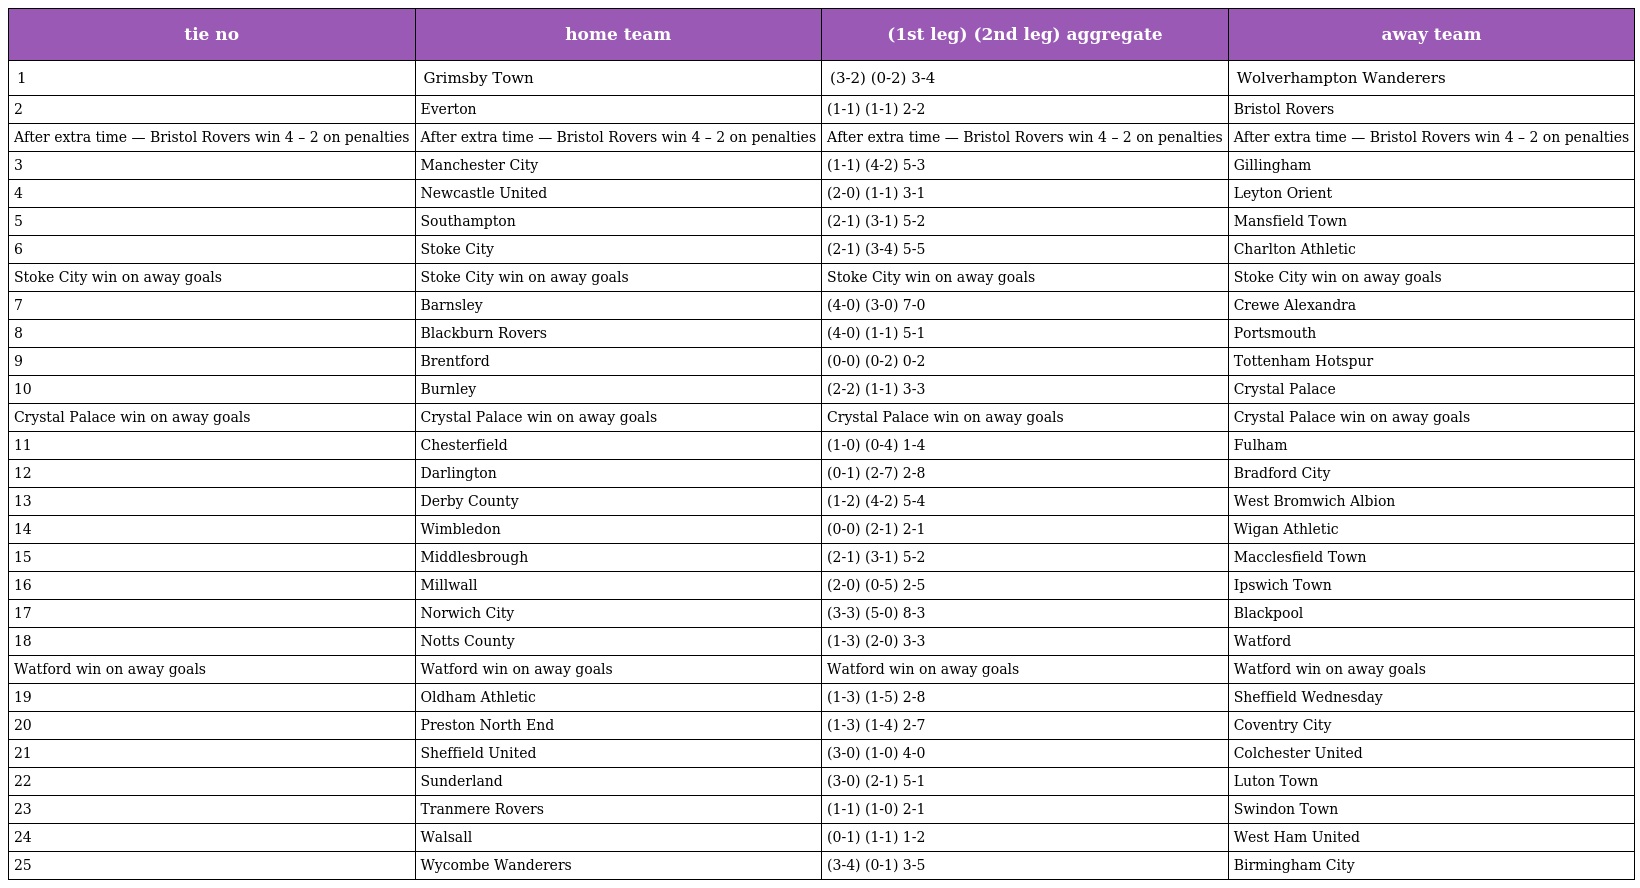
| tie no | home team | (1st leg) (2nd leg) aggregate | away team |
 | --- | --- | --- | --- |
 | 1 | Grimsby Town | (3-2) (0-2) 3-4 | Wolverhampton Wanderers |
 | 2 | Everton | (1-1) (1-1) 2-2 | Bristol Rovers |
 | After extra time — Bristol Rovers win 4 – 2 on penalties | After extra time — Bristol Rovers win 4 – 2 on penalties | After extra time — Bristol Rovers win 4 – 2 on penalties | After extra time — Bristol Rovers win 4 – 2 on penalties |
 | 3 | Manchester City | (1-1) (4-2) 5-3 | Gillingham |
 | 4 | Newcastle United | (2-0) (1-1) 3-1 | Leyton Orient |
 | 5 | Southampton | (2-1) (3-1) 5-2 | Mansfield Town |
 | 6 | Stoke City | (2-1) (3-4) 5-5 | Charlton Athletic |
 | Stoke City win on away goals | Stoke City win on away goals | Stoke City win on away goals | Stoke City win on away goals |
 | 7 | Barnsley | (4-0) (3-0) 7-0 | Crewe Alexandra |
 | 8 | Blackburn Rovers | (4-0) (1-1) 5-1 | Portsmouth |
 | 9 | Brentford | (0-0) (0-2) 0-2 | Tottenham Hotspur |
 | 10 | Burnley | (2-2) (1-1) 3-3 | Crystal Palace |
 | Crystal Palace win on away goals | Crystal Palace win on away goals | Crystal Palace win on away goals | Crystal Palace win on away goals |
 | 11 | Chesterfield | (1-0) (0-4) 1-4 | Fulham |
 | 12 | Darlington | (0-1) (2-7) 2-8 | Bradford City |
 | 13 | Derby County | (1-2) (4-2) 5-4 | West Bromwich Albion |
 | 14 | Wimbledon | (0-0) (2-1) 2-1 | Wigan Athletic |
 | 15 | Middlesbrough | (2-1) (3-1) 5-2 | Macclesfield Town |
 | 16 | Millwall | (2-0) (0-5) 2-5 | Ipswich Town |
 | 17 | Norwich City | (3-3) (5-0) 8-3 | Blackpool |
 | 18 | Notts County | (1-3) (2-0) 3-3 | Watford |
 | Watford win on away goals | Watford win on away goals | Watford win on away goals | Watford win on away goals |
 | 19 | Oldham Athletic | (1-3) (1-5) 2-8 | Sheffield Wednesday |
 | 20 | Preston North End | (1-3) (1-4) 2-7 | Coventry City |
 | 21 | Sheffield United | (3-0) (1-0) 4-0 | Colchester United |
 | 22 | Sunderland | (3-0) (2-1) 5-1 | Luton Town |
 | 23 | Tranmere Rovers | (1-1) (1-0) 2-1 | Swindon Town |
 | 24 | Walsall | (0-1) (1-1) 1-2 | West Ham United |
 | 25 | Wycombe Wanderers | (3-4) (0-1) 3-5 | Birmingham City |